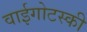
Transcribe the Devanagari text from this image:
वाईगोटस्की